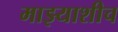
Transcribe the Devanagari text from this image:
माझ्याशीच